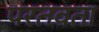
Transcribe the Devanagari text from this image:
परतवता